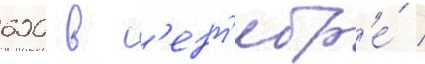
600 в с'ент'ябр'е́ /